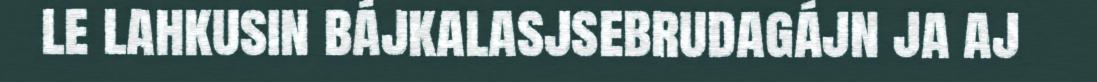
le lahkusin bájkalasjsebrudagájn ja aj